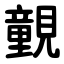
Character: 䚒